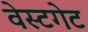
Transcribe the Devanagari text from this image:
वेस्टगेट